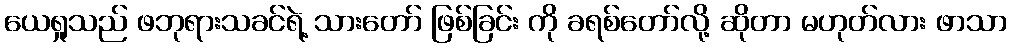
ယေရှုသည် ဖဘုရားသခင်ရဲ့ သားတော် ဖြစ်ခြင်း ကို ခရစ်တော်လို့ ဆိုတာ မဟုတ်လား ဖာသာ